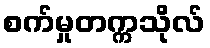
စက်မှုတက္ကသိုလ်